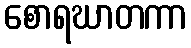
စောရဃာတကာ